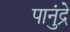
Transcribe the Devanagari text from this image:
पानुंद्रे